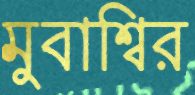
মুবাশ্বির